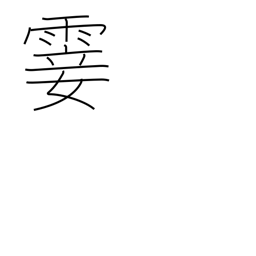
Meaning: light rain